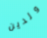
ولدين